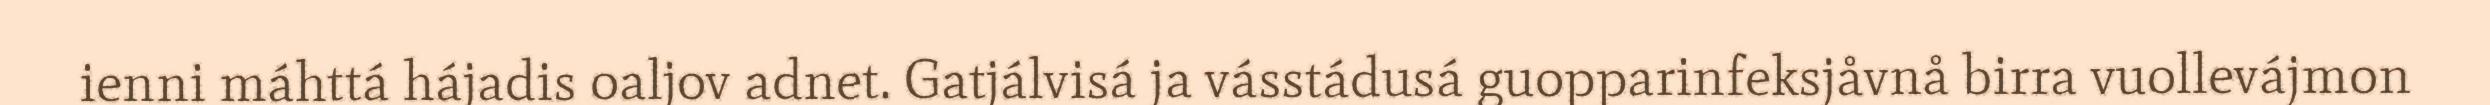
ienni máhttá hájadis oaljov adnet. Gatjálvisá ja vásstádusá guopparinfeksjåvnå birra vuollevájmon